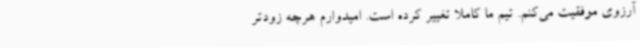
آرزوی موفقیت می‌کنم. تیم ما کاملا تغییر کرده است. امیدوارم هرچه زودتر